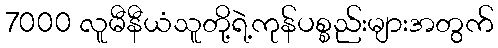
7000 လူမီနီယံသူတို့ရဲ့ကုန်ပစ္စည်းများအတွက်